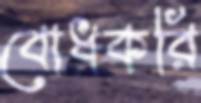
বোধকরি